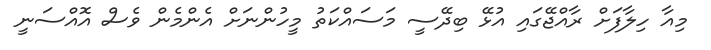
މިއާ ހިލާފަށް ރާއްޖޭގައި އުޅޭ ބިދޭސީ މަސައްކަތު މީހުންނަށް އެންމެން ވެސް އޮއްސަނީ